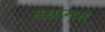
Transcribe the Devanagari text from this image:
संग्राममे